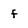
Character: f